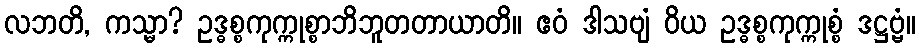
လဘတိ, ကသ္မာ? ဥဒ္ဓစ္စကုက္ကုစ္စာဘိဘူတတာယာတိ။ ဧဝံ ဒါသဗျံ ဝိယ ဥဒ္ဓစ္စကုက္ကုစ္စံ ဒဋ္ဌဗ္ဗံ။